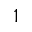
1